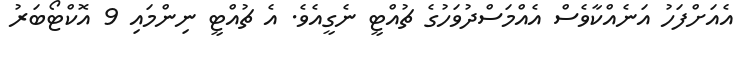
އެއަށްފަހު އަނެއްކާވެސް އެއްމަސްދުވަހުގެ ޗުއްޓީ ނެގީއެވެ. އެ ޗުއްޓީ ނިންމައި 9 އޮކްޓޯބަރު